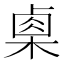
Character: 㮚